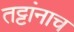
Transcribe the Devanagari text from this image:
तट्टांनाच